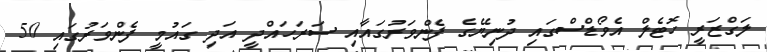
ލަގްޒަރީ ހޮޓެލް އެވޯޑްސްގައި ދުނިޔޭގެ ފެންވަރުގައާއި ސަރަހައްދީ އަދި ގައުމީ ފެންވަރުގައި 50